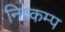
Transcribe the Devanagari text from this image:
निष्कम्प